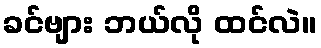
ခင်ဗျား ဘယ်လို ထင်လဲ။